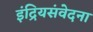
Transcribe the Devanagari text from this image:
इंद्रियसंवेदना